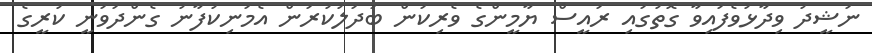
ނަޝީދު ވިދާޅުވެފައިވާ ގޮތުގައި ރައީސް ޔާމީންގެ ވެރިކަން ބަދަލުކުރަން އެމަނިކުފާނު ގެންދަވަނީ ކުރީގެ